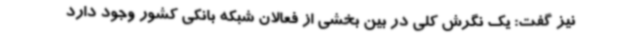
نیز گفت: یک نگرش کلی در بین بخشی از فعالان شبکه بانکی کشور وجود دارد